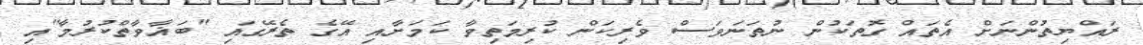
ރައްޔިތުންނަށް އެތައް ގޮތަކުން ނުތަނަވަސް ވެރިކަން ކުރިމަތިވާ ކަމަށާއި އޭގެ ތެރޭގައި "ބަޣާވާތްކުރުމާ"އި